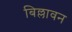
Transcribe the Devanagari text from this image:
बिल्लावन